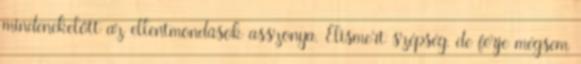
mindenekelőtt az ellentmondások asszonya. Elismert szépség, de férje mégsem